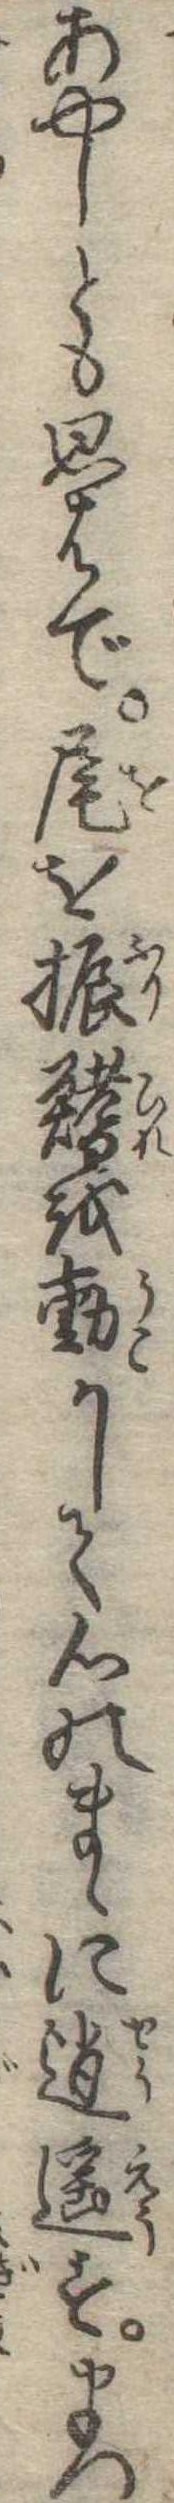
あやしと思はで尾を振鰭を動かして心のまゝに逍遥すまつ